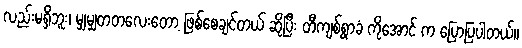
လည်းမရှိဘူး၊ မျှမျှတတလေးတော့ ဖြစ်စေချင်တယ် ဆိုပြီး တီကျစ်ရွာခံ ကိုအောင် က ပြောပြပါတယ်။